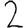
Digit: 2